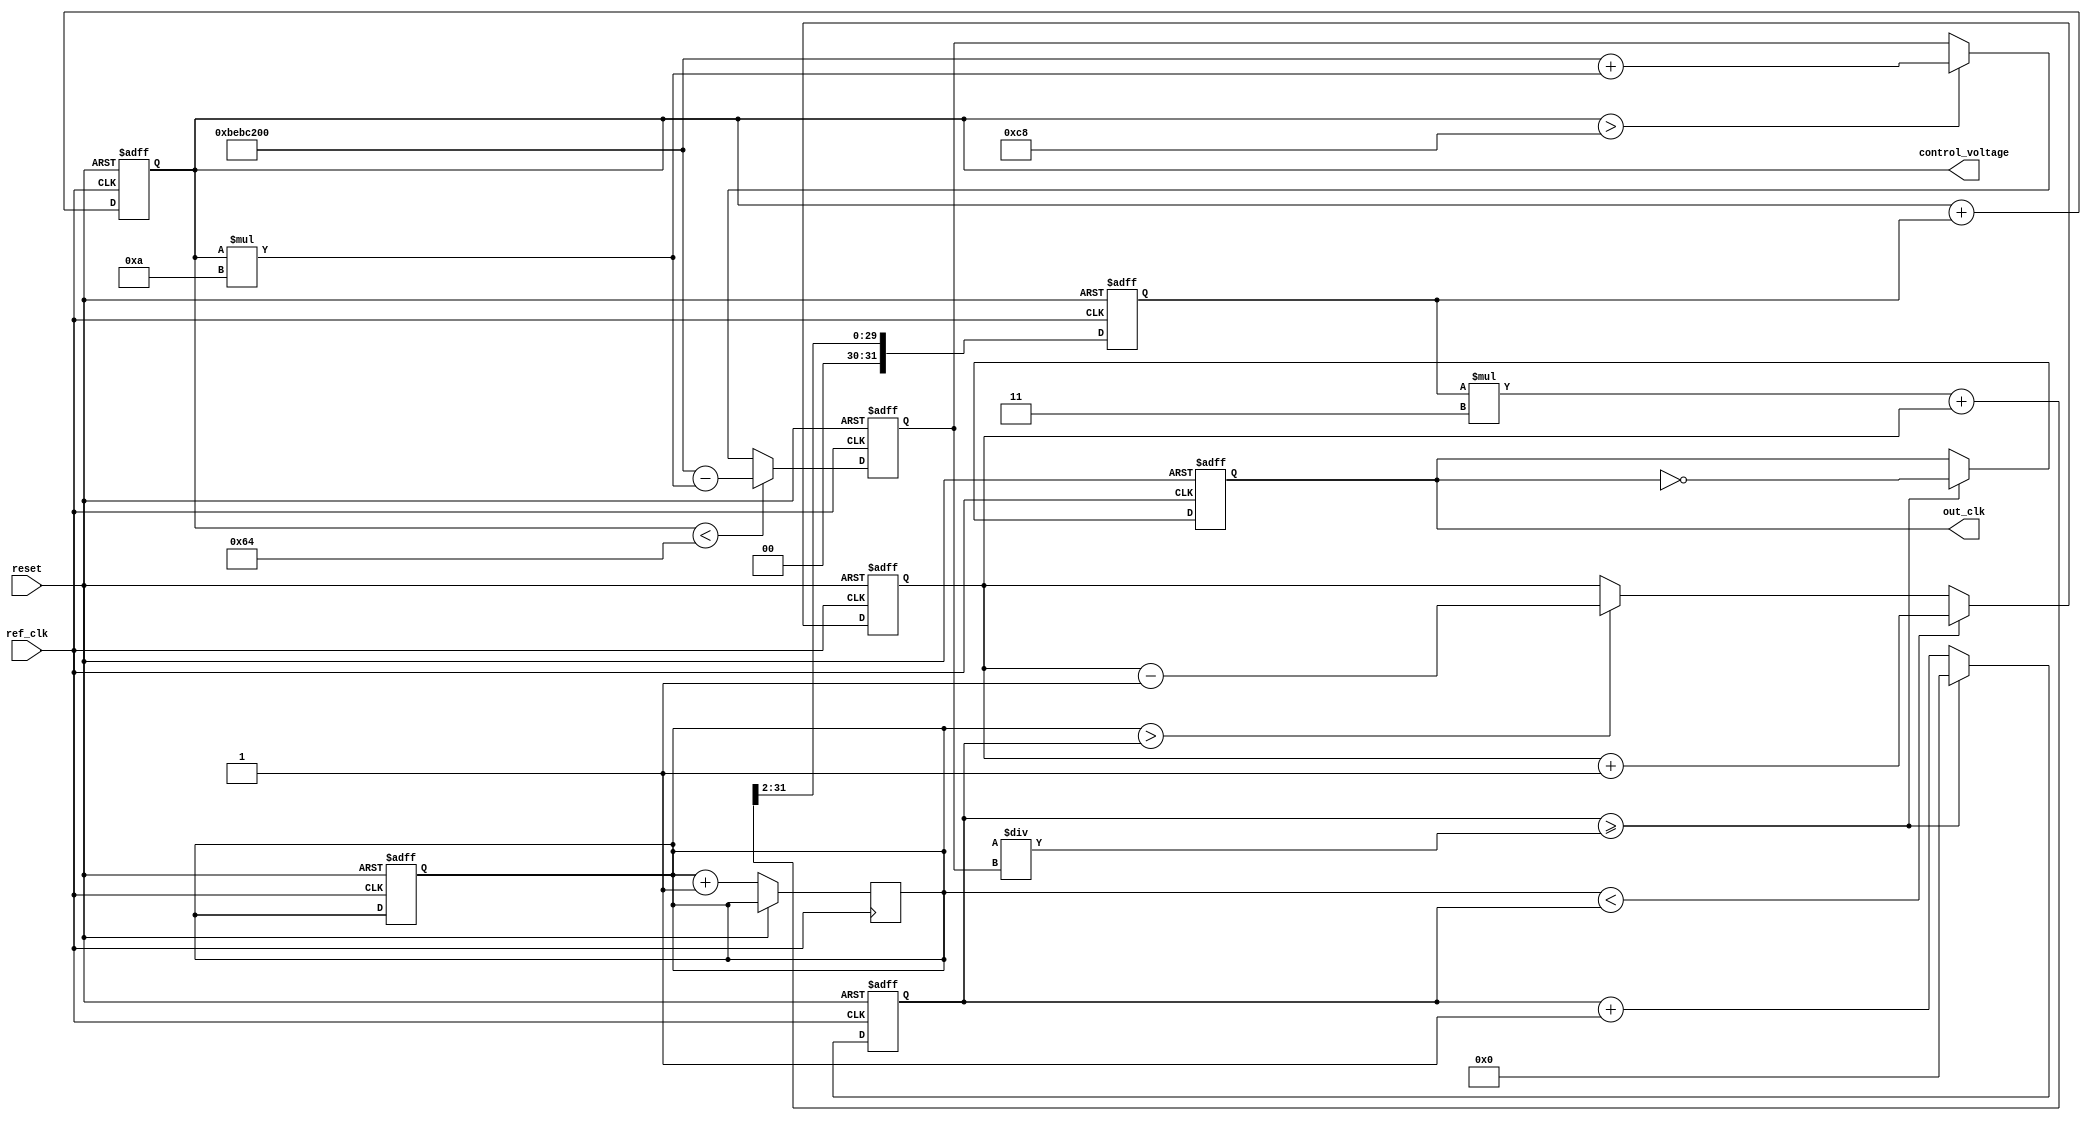
module PLL (
    input wire ref_clk,            // Reference clock input
    input wire reset,              // Reset signal
    output reg out_clk,            // Output clock
    output reg [31:0] control_voltage // Control voltage for VCO (example width)
);

    // Parameters for configuration
    parameter REFERENCE_FREQ = 50_000_000; // Reference frequency in Hz
    parameter OUTPUT_FREQ = 200_000_000; // Desired output frequency in Hz
    parameter VCO_MAX_FREQ = 400_000_000; // Max frequency of VCO
    parameter LOOP_BANDWIDTH = 100_000; // Loop bandwidth

    // Internal signals
    reg [31:0] phase_error;         // Phase error signal
    reg [31:0] filtered_error;      // Filtered error signal
    reg [31:0] vco_freq;            // Frequency of the VCO
    reg [31:0] count;               // Counter for clock generation
    reg [31:0] feedback_counter;    // Feedback counter for PLL

    // Phase Detector (PD)
    always @(posedge ref_clk or posedge reset) begin
        if (reset) begin
            phase_error <= 32'b0;
            feedback_counter <= 32'b0;
        end else begin
            // Simple phase detection logic
            if (feedback_counter < count) begin
                phase_error <= phase_error + 1; // Lagging
            end else if (feedback_counter > count) begin
                phase_error <= phase_error - 1; // Leading
            end
        end
    end

    // Loop Filter (LF)
    always @(posedge ref_clk or posedge reset) begin
        if (reset) begin
            filtered_error <= 32'b0;
            control_voltage <= 32'b0;
        end else begin
            // Simple low-pass filter (first-order)
            filtered_error <= (filtered_error * 3 + phase_error) >> 2; // Simple averaging
            control_voltage <= control_voltage + filtered_error; // Update control voltage
        end
    end

    // Voltage-Controlled Oscillator (VCO)
    always @(posedge ref_clk or posedge reset) begin
        if (reset) begin
            vco_freq <= OUTPUT_FREQ;
            out_clk <= 0;
            count <= 0;
        end else begin
            // Update VCO frequency based on control voltage
            if (control_voltage < 32'd100) begin
                vco_freq <= OUTPUT_FREQ - (control_voltage * 10); // Example adjustment
            end else if (control_voltage > 32'd200) begin
                vco_freq <= OUTPUT_FREQ + (control_voltage * 10);
            end

            // Clock generation based on VCO frequency
            count <= count + 1;
            if (count >= (RESPONSE_TIME / vco_freq)) begin
                out_clk <= ~out_clk; // Toggle output clock
                count <= 0;
            end
            
            // Feedback path
            feedback_counter <= feedback_counter + 1; // Simulating a counter for feedback
        end
    end

endmodule